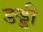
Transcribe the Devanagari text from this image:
ङड्डी